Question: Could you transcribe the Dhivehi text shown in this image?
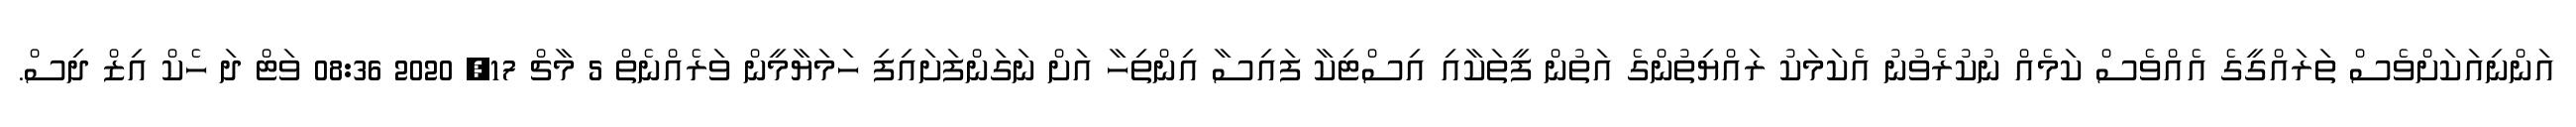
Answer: އަންނިއަކަށްވެސް ތަރައްގީގެ އެއްވެސް ކަމެއް ނުކުރެވުނު އެކަމަކު ރައްޔިތުންގެ އަތުން ފީތަކާއި އިސްޓިކާ ފައިސާ އިންތިހާ އަށް ނަގަންފަށައިފި ހަމަޔާމީން ވަރެއްނެތް 5 މާޗް 17, 2020 08:36 ވަޓް ދަ ހެކް އިޒް ދިސް.